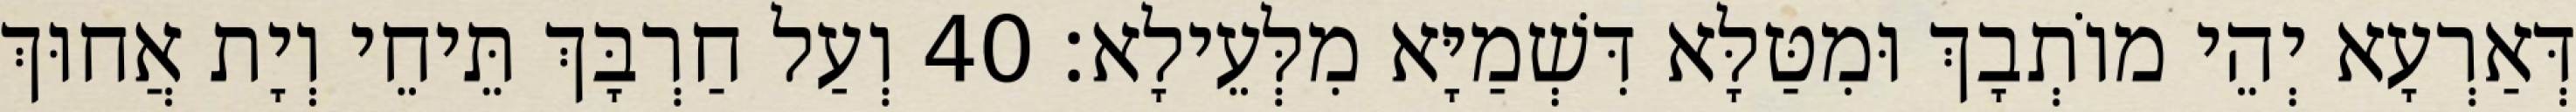
דְּאַרְעָא יְהֵי מוֹתְבָךְ וּמִטַּלָּא דִּשְׁמַיָּא מִלְּעֵילָא׃ 40 וְעַל חַרְבָּךְ תֵּיחֵי וְיָת אֲחוּךְ